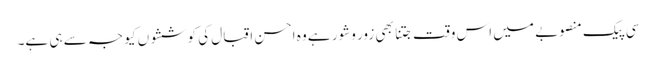
سی پیک منصوبے میں اس وقت جتنا بھی زور وشور ہے وہ احسن اقبال کی کوششوں کیو جہ سے ہی ہے۔